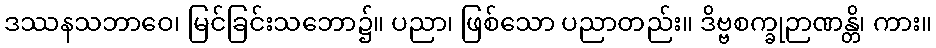
ဒဿနသဘာဝေ၊ မြင်ခြင်းသဘော၌။ ပညာ၊ ဖြစ်သော ပညာတည်း။ ဒိဗ္ဗစက္ခုဉာဏန္တိ၊ ကား။